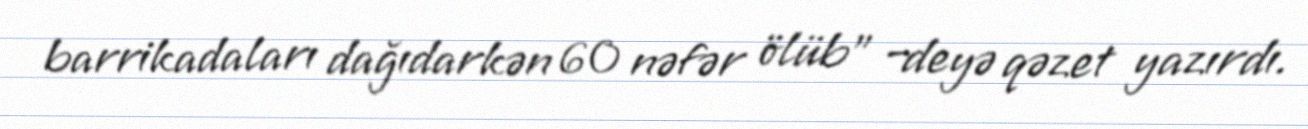
barrikadaları dağıdarkən 60 nəfər ölüb” –deyə qəzet yazırdı.